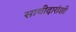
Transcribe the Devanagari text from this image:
साथीदारांशी